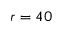
r = 4 0